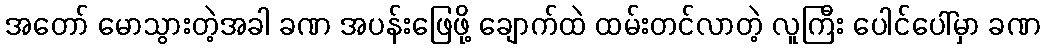
အတော် မောသွားတဲ့အခါ ခဏ အပန်းဖြေဖို့ ချောက်ထဲ ထမ်းတင်လာတဲ့ လူကြီး ပေါင်ပေါ်မှာ ခဏ